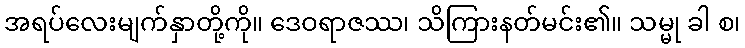
အရပ်လေးမျက်နှာတို့ကို။ ဒေဝရာဇဿ၊ သိကြားနတ်မင်း၏။ သမ္မု ခါ စ၊